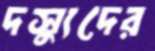
দস্যুদের